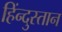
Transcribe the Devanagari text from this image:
हिंन्दुस्तान